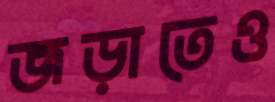
জড়াতেও